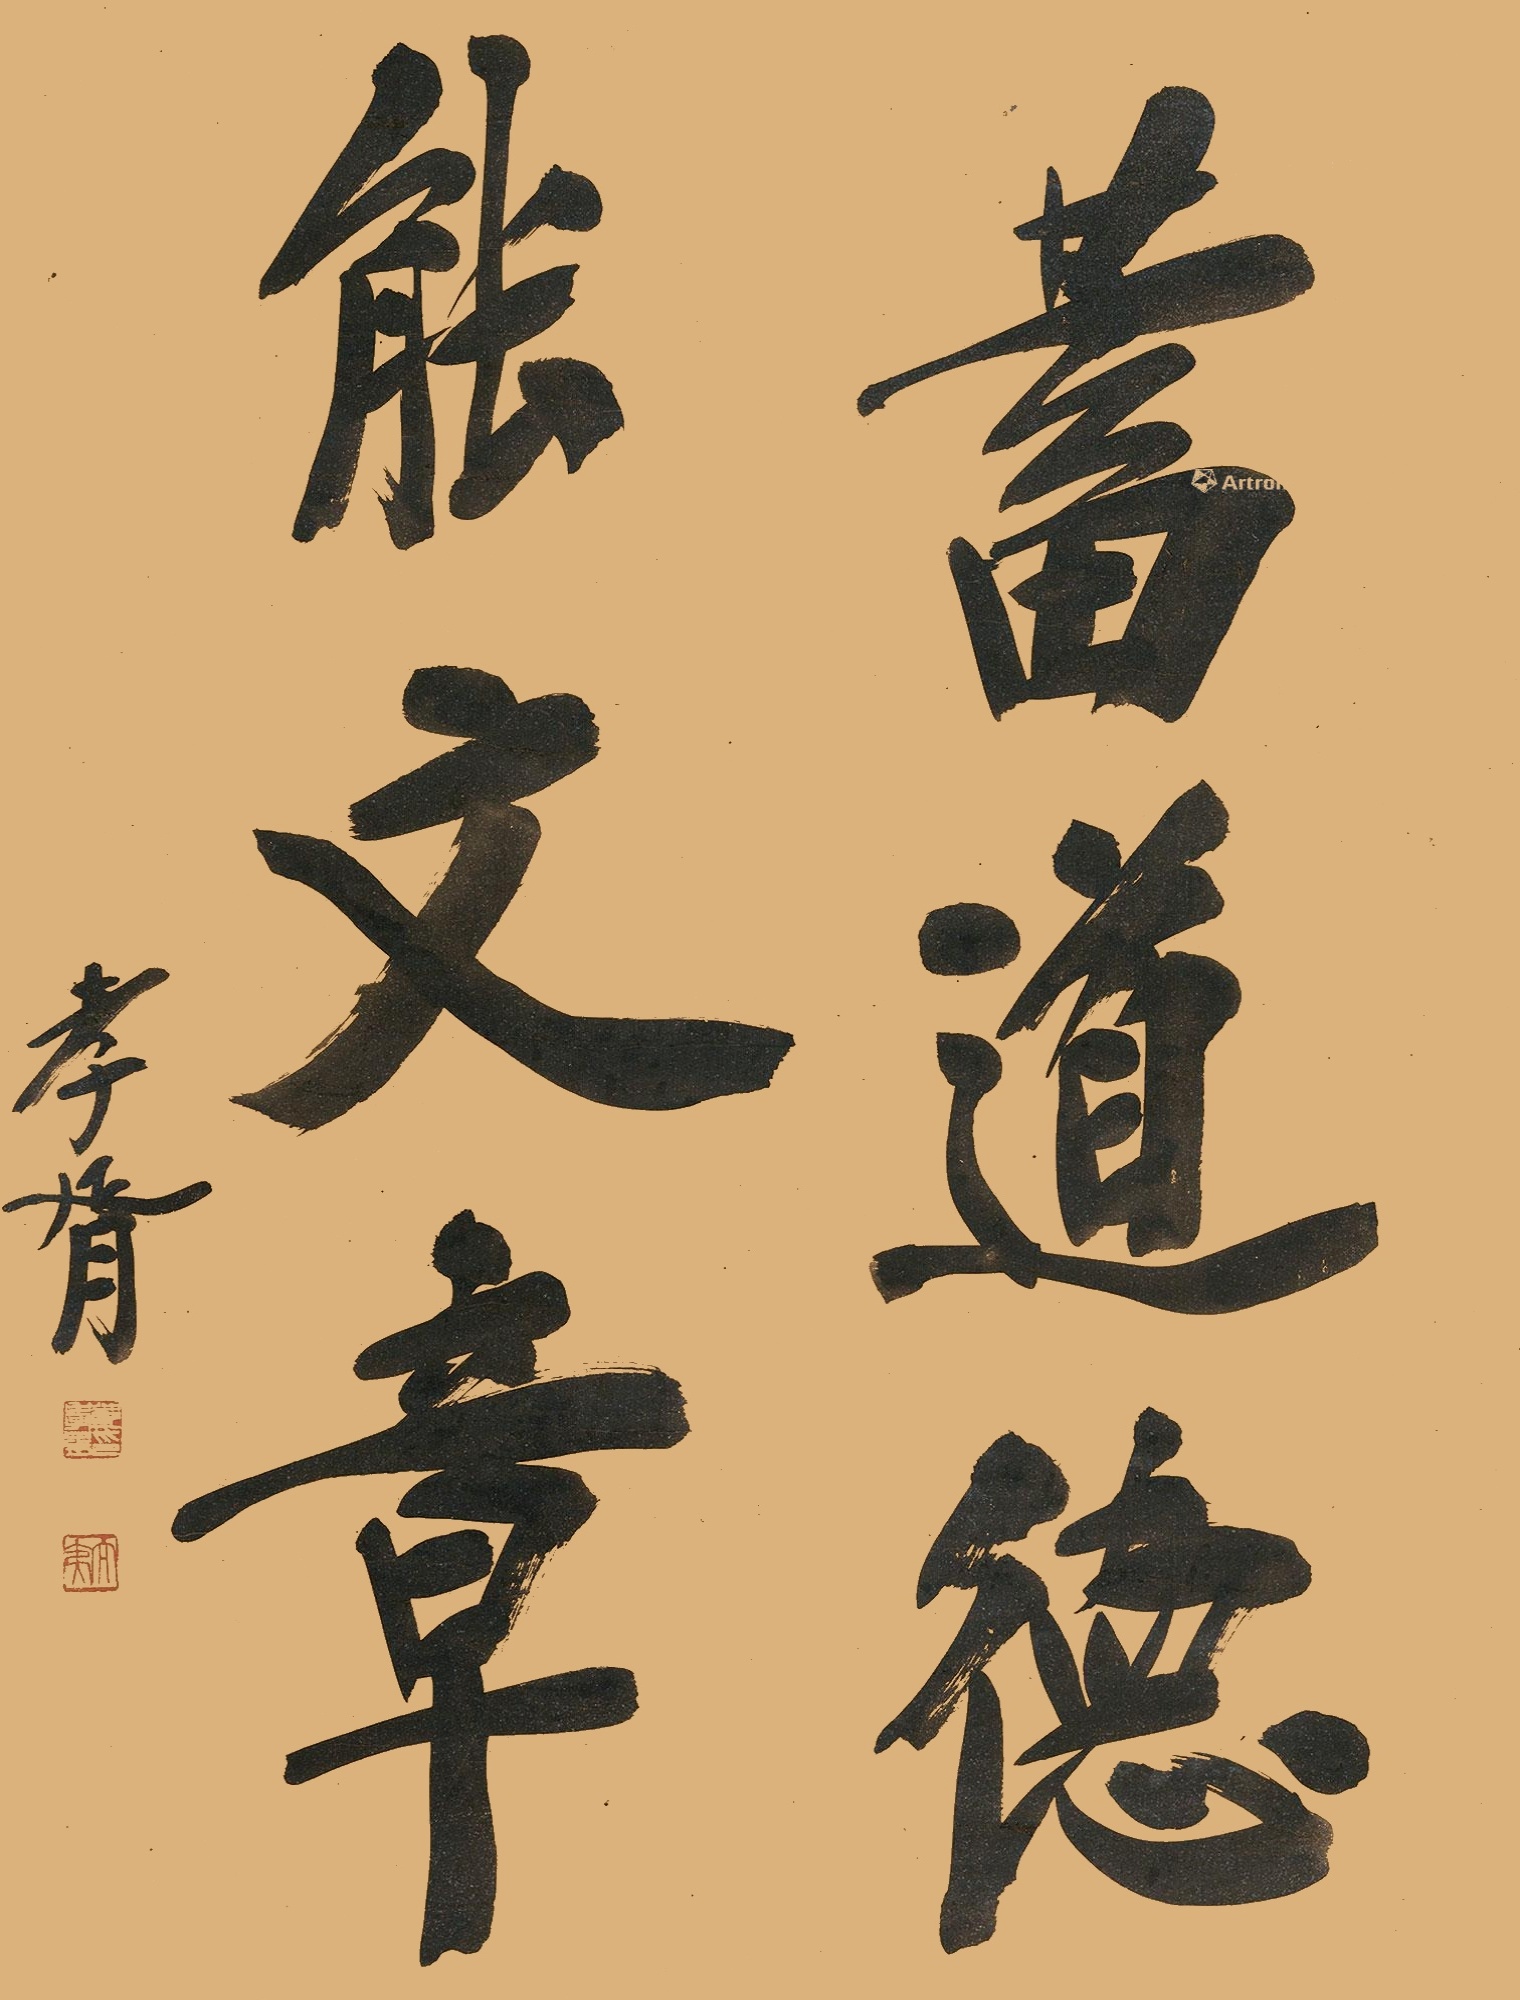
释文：蓄道德能文章，孝胥。